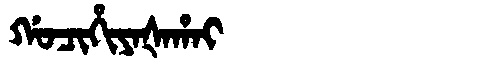
Manchu: ᡤᠣᠴᡳᡥᡳᠶᠠᡧᠠᡥᠠᡳ
Romanization: GOCIHIYAŠAHAI